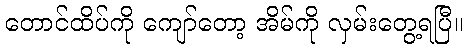
တောင်ထိပ်ကို ကျော်တော့ အိမ်ကို လှမ်းတွေ့ရပြီ။